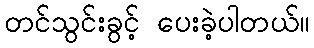
တင်သွင်းခွင့် ပေးခဲ့ပါတယ်။